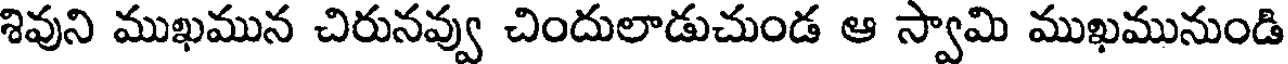
శివుని ముఖమున చిరునవ్వు చిందులాడుచుండ ఆ స్వామి ముఖమునుండి